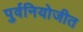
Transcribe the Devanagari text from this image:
पुर्वनियोजीत